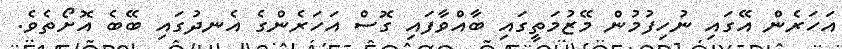
އަހަރެން އޭގައި ނުހިފުމުން މޭޒުމަތީގައި ބާއްވާފައި ގޮސް އަހަރެންގެ އެނދުގައި ބޭބެ އޮށޯތެވެ.